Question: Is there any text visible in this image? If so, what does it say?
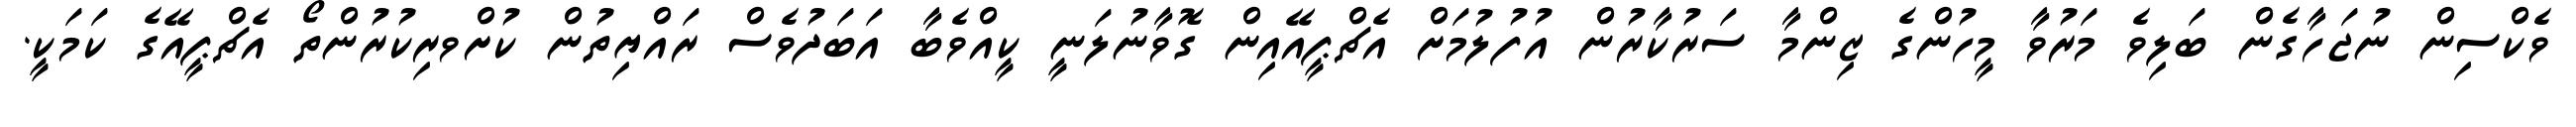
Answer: ވެކްސިން ނުޖަހާގެން ބަލިވެ މަރުވާ މީހުންގެ ޒިންމާ ސަރުކާރުން އުފުލުމަށް އެޗްޕީއޭއިން ގޮވާނުލަނީ ކީއްވެބާ އަބަދުވެސް ރައްޔިތުން ކުށްވރިކުރުންތޯ އެޗްޕީއޭގެ ކަމަކީ.